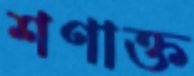
শণাক্ত